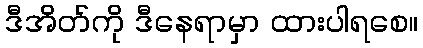
ဒီအိတ်ကို ဒီနေရာမှာ ထားပါရစေ။